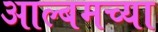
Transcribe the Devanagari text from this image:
आल्बमच्या